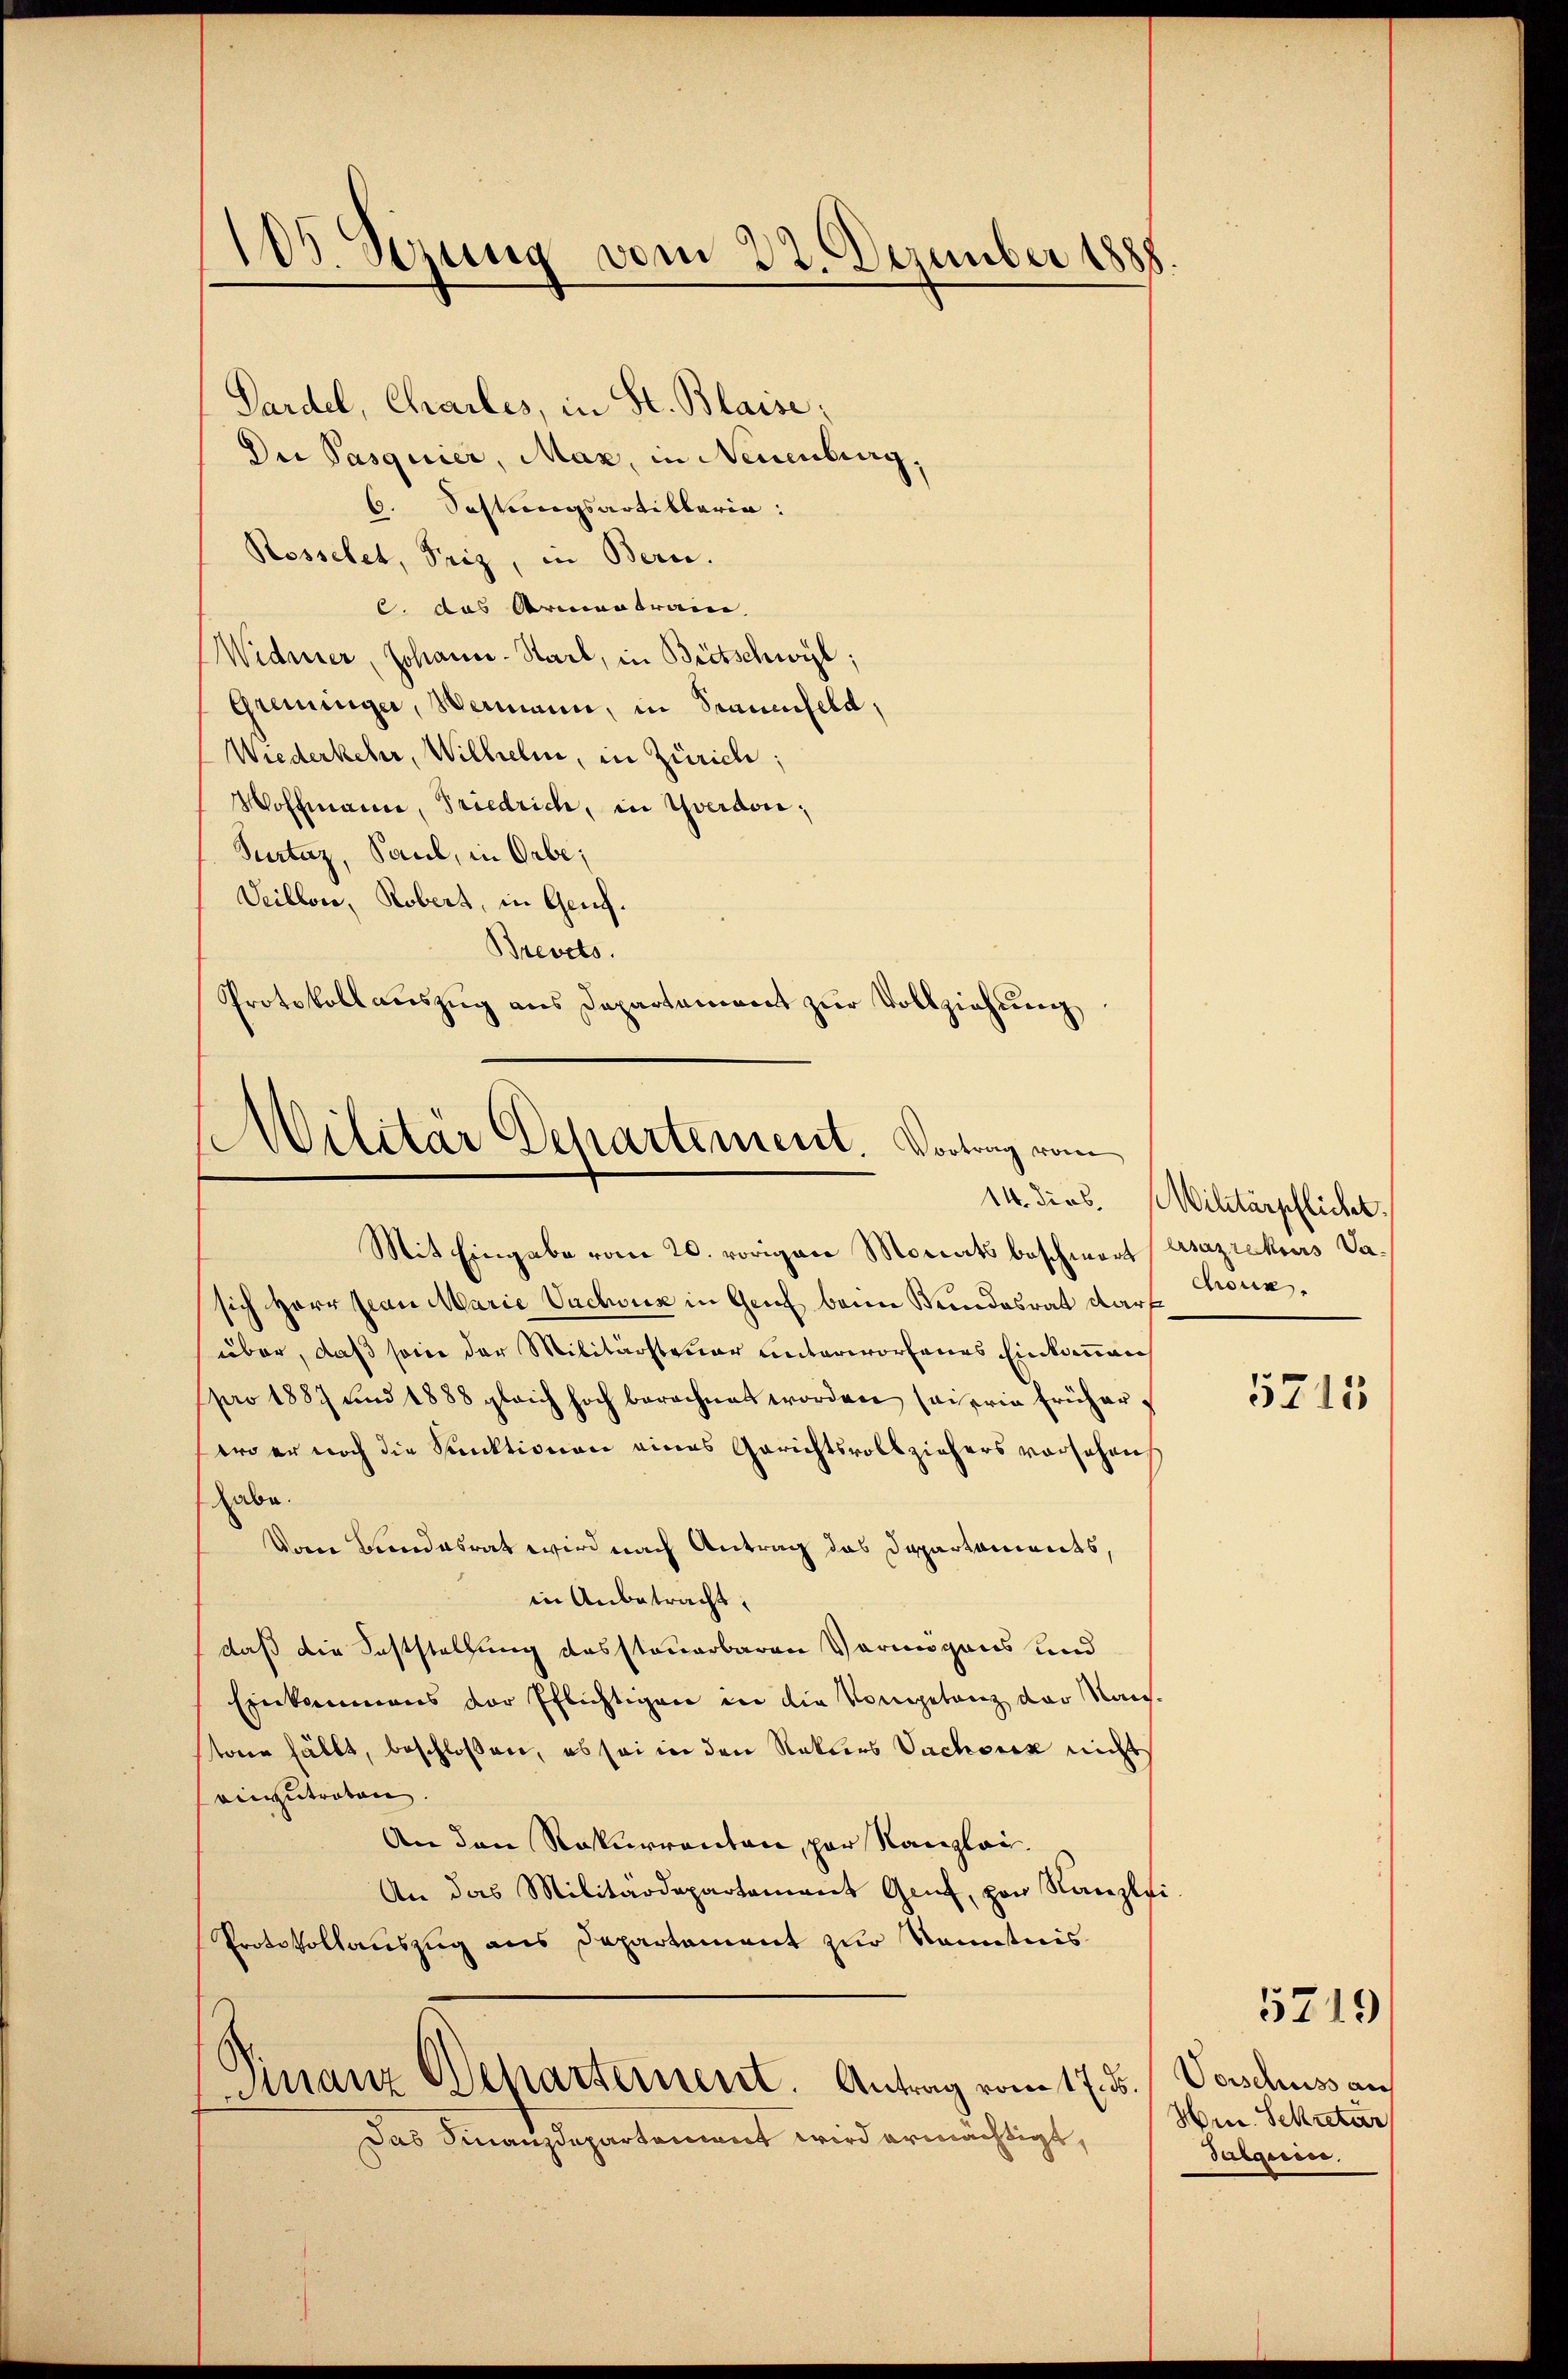
105. Sezung vom 22. Dezember 1888.

Pardel, Charles, in St. Blaise;
Die Pasquier, Max, in Neuenburg
6. Sestungsartiklaria:
Rosselet, Friz, in Bern.
c. das Armentrain,
Widmer, Johann-Starb, in Bietschwyl,
Grüninger, Wermann, in Trauenfeld,
Wiederkehr, Wilhelm, in Zürich;
Hoffmann, Friedrich, in Yverdon,
Surtaz, Saul, in Orbe;
Veillon, Robert, in Genf.
Brevets.
Protokoll auszug aus Departement zur Vollziehung

Militär Departement. Vortrag vom
Mit Eingabe vom 20. vorigen Monats beschwart Asazrekurs da¬

sich Herr Jean Marie Vachoux in Genf beim Keindesrat darf
über, daß seine der Militärsteuer unterworfenes Einkommen
pro 1887 und 1888 gleich hoch berechnet worden sei erin früherwo er noch die Sanktionen eines Gerichtsvollziehers vorsehen
habe.
Vom Bundesrat wird nach Antrag das Departaments,
in Anbetracht,
daß die Feststellung dessteuerbaren Vermögens und
Einkammens der Pflichtigen in die Vorgetanz der Nach-
toren fällt, beschlossen, es sei in den Nakters Sachenk nicht
einzutraton
An den Rekurrenten, par Kanzlei.
An das Militärdepartament Genf, par Kanzlei-
Protokollauszug aus Departament zur Kenntnis
Finanz Departement. Antrag vom 17. d.
Das Finanzdepartement wird ermächtigt,

14. dies. Militärpflicht
chouk.

5715

Vorschuss auf
Hrn. Sekretär
Taequise.

5719